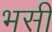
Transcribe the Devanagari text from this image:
भसी